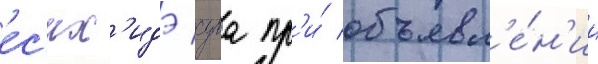
ес'их'идэ суга пр'и́ объявл'е́н'ии